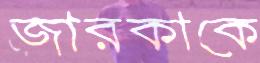
জারকাকে